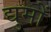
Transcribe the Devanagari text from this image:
द्युमों